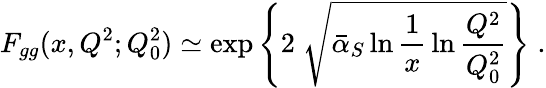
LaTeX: F_{gg}(x,Q^{2};Q_{0}^{2})\simeq\exp\left\{ 2\; \sqrt{{\bar{\alpha}}_{S}\ln\frac{1}{x}\, \ln\frac{Q^{2}}{Q_{0}^{2}}}\right\} \; .